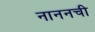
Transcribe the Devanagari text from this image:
नाननची